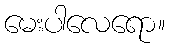
မေးပါလေရော။